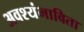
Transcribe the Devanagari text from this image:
अवश्यंभाविता